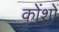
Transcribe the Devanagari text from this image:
कोंशों